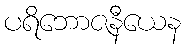
ပရိဘောဇနီယေန